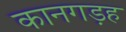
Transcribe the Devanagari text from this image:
कानगड़ह